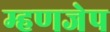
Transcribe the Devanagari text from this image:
म्हणजेप